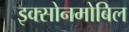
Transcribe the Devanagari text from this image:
इक्सोनमोबिल